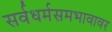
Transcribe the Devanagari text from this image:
सर्वधर्मसमभावावर